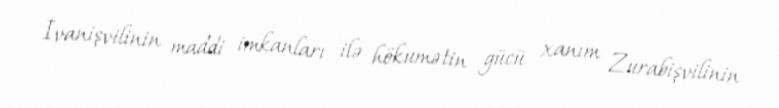
İvanişvilinin maddi imkanları ilə hökumətin gücü xanım Zurabişvilinin